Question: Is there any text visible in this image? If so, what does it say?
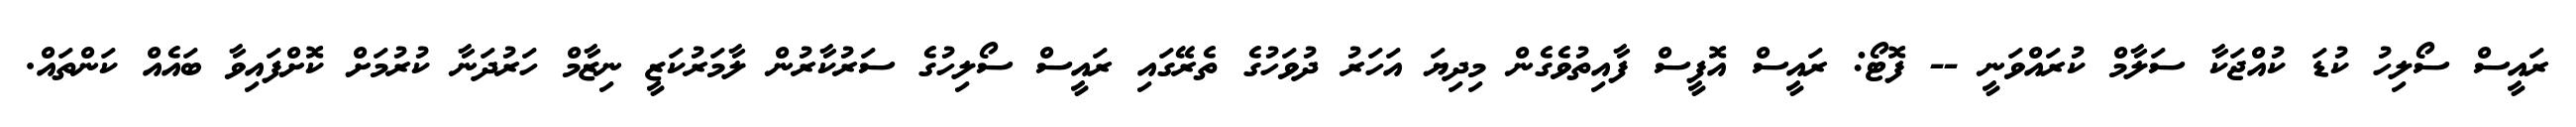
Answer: ރައީސް ސޯލިހު ކުޑަ ކުއްޖަކާ ސަލާމް ކުރައްވަނީ -- ފޮޓޯ: ރައީސް އޮފީސް ފާއިތުވެގެން މިދިޔަ އަހަރު ދުވަހުގެ ތެރޭގައި ރައީސް ސޯލިހުގެ ސަރުކާރުން ލާމަރުކަޒީ ނިޒާމް ހަރުދަނާ ކުރުމަށް ކޮށްފައިވާ ބައެއް ކަންތައް.